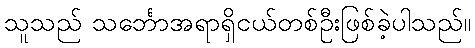
သူသည် သင်္ဘောအရာရှိငယ်တစ်ဦးဖြစ်ခဲ့ပါသည်။